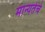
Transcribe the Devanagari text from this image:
मान्यतेचे